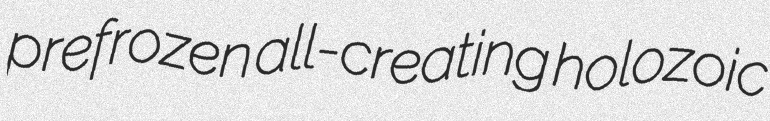
prefrozen all-creating holozoic